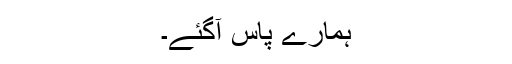
ہمارے پاس آگئے۔